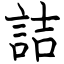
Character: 詰